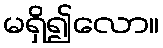
မရှိ၍လော။